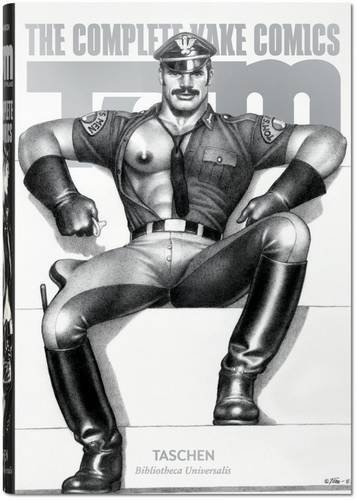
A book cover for Tom of Finland: The Complete Kake Comics; Comics & Graphic Novels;